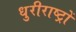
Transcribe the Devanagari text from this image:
धुरीराष्ट्रों